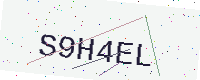
Text: S9H4EL